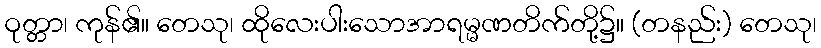
ဝုတ္တာ၊ ကုန်၏။ တေသု၊ ထိုလေးပါးသောအာရမ္မဏတိက်တို့၌။ (တနည်း) တေသု၊